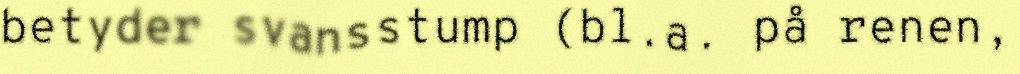
betyder svansstump (bl.a. på renen,